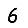
Digit: 6